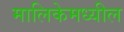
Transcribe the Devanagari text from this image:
मालिकेमध्यील